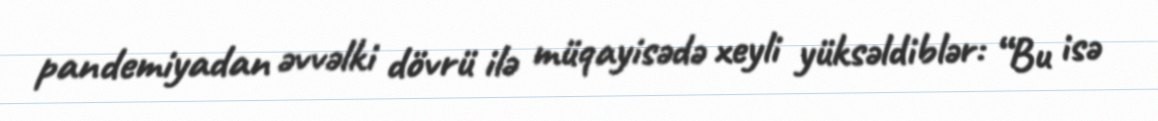
pandemiyadan əvvəlki dövrü ilə müqayisədə xeyli yüksəldiblər: “Bu isə